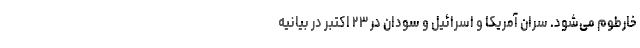
خارطوم می‌شود. سران آمریکا و اسرائیل و سودان در ۲۳ اکتبر در بیانیه